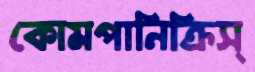
কোমপানিক্রিস্